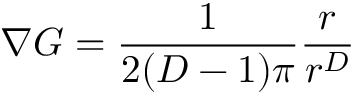
\displaystyle \boldsymbol { \nabla } G = \frac 1 { 2 ( D - 1 ) \pi } \frac { \boldsymbol { r } } { r ^ { D } }